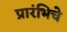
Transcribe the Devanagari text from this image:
प्रारंभिचे